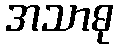
အသာဓု